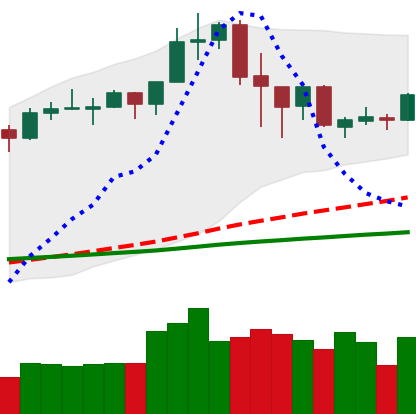
Ticker: ADA-USD
Chart end date: 2020-02-23
Forward return: -20.962%
Label: down_7plus